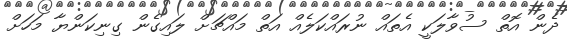
ދެން އޮތް ސުވާލަކީ އެތައް ނުރައްކަލެއް އަތް މައްޗަށް ލައިގެން ގިނިކަންޔާ މަހަށް